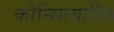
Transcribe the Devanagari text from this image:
कौन्सिलातील